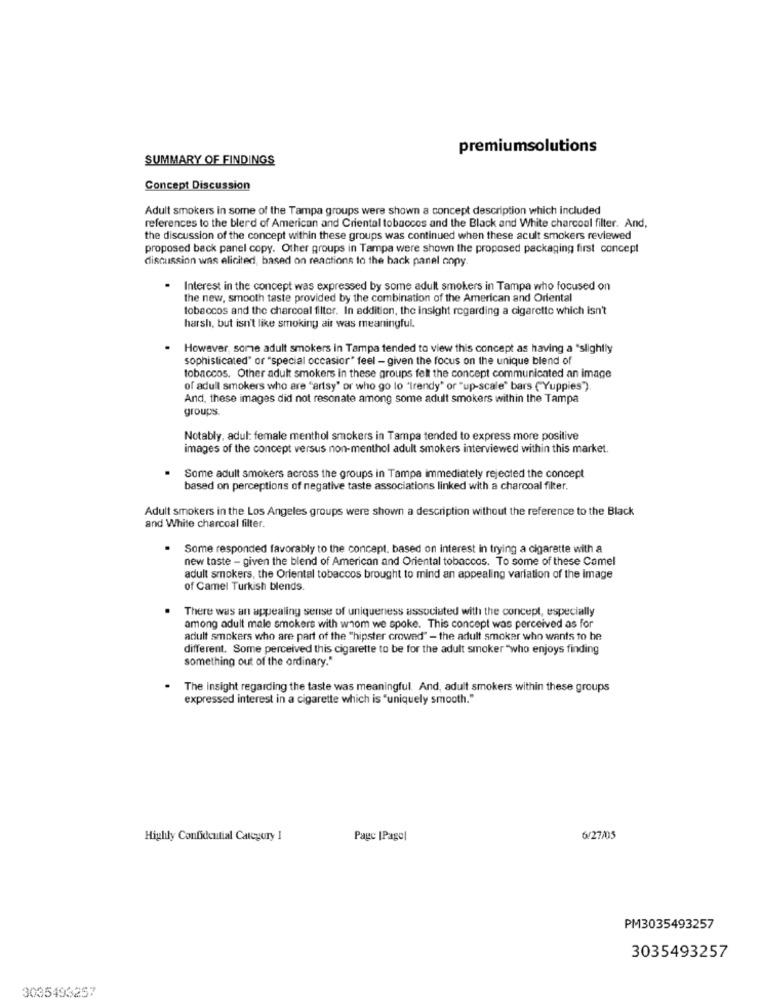
premiumsolutions
SUMMARY OF FINDINGS
Concept Discussion
Adult smokers in some of the Tampa groups were shown a concept description which included
references to the blerd of American and Criental tobaccos and the Black and White charcoal filter. And,
the discussion of the concept within these groups was continued when these acult smokers reviewed
proposed back panel copy. Other groups in Tampa were shown the proposed packaging first concept
discussion was elicited, based on reactions to the back panel onpy
.
Interest in the concept was expressed by some adult smokers in Tampa who focused on
the new, smooth taste provided by the combination of the American and Oriental
tobaccos and the charcoal filter. In addition, the insight regarding a cigarette which isn't
harsh, but isn't like smoking air was meaningful.
However, some adult smokers in Tampa tended to view this concept as having a "slightly
sophisticated" or "special occasion" feel - given the focus on the unique blend of
tobaccos. Other adult smokers in these groups fell the concept communicated an image
of adull smokers who are "artsy" or who go lo "trendy" or "up-scale" bars ("Yuppies")
And, these images did not resonate among some adult smokers within the Tampa
groups
Notably, adul: female menthol smokers in Tampa tended to express more positive
images of the concept versus non-menthol adult smokers interviewed within this market.
Some adult smokers across the groups in Tampa immediately rejected the concept
based on perceptions of negative taste associations linked with a charcoal filter.
Adult smokers in the Los Angeles groups were shown a description without the reference to the Black
and White charcoal filter.
Some responded favorably to the concept, based on interest in trying a cigarette with a
new taste - given the blend of American and Oriental tobaccos. To some of these Comel
adult smokers, the Oriental tobaccos brought to mind an appealing variation of the image
of Camel Turkish blends
There was an appealing sense of uniqueness associated with the concept, especially
among adult male smokers with whom we spoke. This concept was perceived as for
adult smokers who are part of the "hipster crowed" - the adult smoker who wants to be
different. Some perceived this cigarette to be for the adult smoker "who enjoys finding
something out of the ordinary."
The insight regarding the taste was meaningful. And, adult smokers within these groups
expressed interest in a cigarette which is "uniquely smooth."
Highly Confidential Category 1
Page |Pagol
6/27/05
PM3035493257
3035493257
3035493257